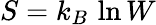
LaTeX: S=k_{B}\, \ln W